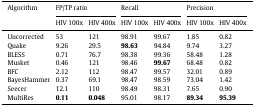
| Algorithm | <COLSPAN=2> FP/TP ratio | <COLSPAN=2> Recall | <COLSPAN=2> Precision |
 | --- | --- | --- | --- | --- | --- | --- |
 |  | HIV 100x | HIV 400x | HIV 100x | HIV 400x | HIV 100x | HIV 400x |
 | Uncorrected | 53 | 121 | 98.91 | 99.67 | 1.85 | 0.82 |
 | Quake | 9.26 | 29.5 | 98.63 | 94.84 | 9.74 | 3.27 |
 | BLESS | 0.71 | 76.7 | 98.38 | 99.36 | 58.48 | 1.28 |
 | Musket | 0.46 | 121 | 98.46 | 99.67 | 68.48 | 0.82 |
 | BFC | 2.12 | 112 | 98.47 | 99.57 | 32.01 | 0.89 |
 | BayesHammer | 0.37 | 69.1 | 98.47 | 98.59 | 73.04 | 1.42 |
 | Seecer | 12.1 | 110 | 98.49 | 98.31 | 7.65 | 0.90 |
 | MultiRes | 0.11 | 0.048 | 95.01 | 98.17 | 89.34 | 95.39 |